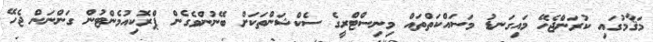
މަޤާމުގައި ކުރަންޖެހޭ މައިގަނޑު މަސައްކަތްތައް މިނިސްޓްރީގެ ސެކްޝަންތަކަށް ބޭނުންވެގެން ޕްރޮކިއުމެންޓުން ގަންނަން ޖެހޭ